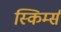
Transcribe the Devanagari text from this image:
स्किर्म्स